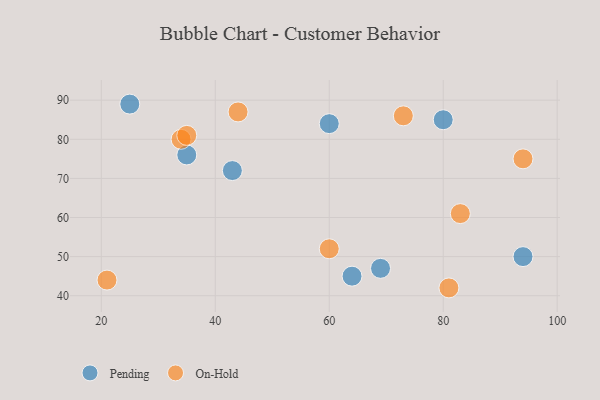
{"axis": {"x": "GDP", "y": "Life Expectancy"}, "legend": ["On-Hold", "Pending"], "data": [{"x": "94", "y": 50, "type": "Pending"}, {"x": "43", "y": 72, "type": "Pending"}, {"x": "69", "y": 47, "type": "Pending"}, {"x": "25", "y": 89, "type": "Pending"}, {"x": "60", "y": 84, "type": "Pending"}, {"x": "64", "y": 45, "type": "Pending"}, {"x": "35", "y": 76, "type": "Pending"}, {"x": "80", "y": 85, "type": "Pending"}, {"x": "94", "y": 75, "type": "On-Hold"}, {"x": "34", "y": 80, "type": "On-Hold"}, {"x": "35", "y": 81, "type": "On-Hold"}, {"x": "60", "y": 52, "type": "On-Hold"}, {"x": "83", "y": 61, "type": "On-Hold"}, {"x": "21", "y": 44, "type": "On-Hold"}, {"x": "81", "y": 42, "type": "On-Hold"}, {"x": "73", "y": 86, "type": "On-Hold"}, {"x": "44", "y": 87, "type": "On-Hold"}]}